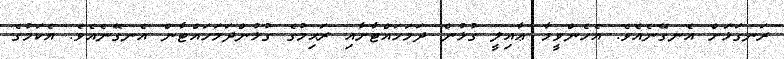
ރަނގަޅަށް އެނގޭނެއެވެ. އެހެންވީމާ ޢާއިލީ ގުޅުން ދަމަހައްޓާށާއި ރަޙިމުގެ ގުޅުންދަމަހައްޓާން އެނގޭނެއެވެ. އެކަމުގެ